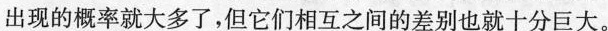
出现的概率就大多了，但它们相互之间的差别也就十分巨大。